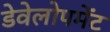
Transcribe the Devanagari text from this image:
डेवेलोपमेंट